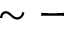
\sim -